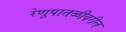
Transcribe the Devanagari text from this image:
रेणूपातळीवरील